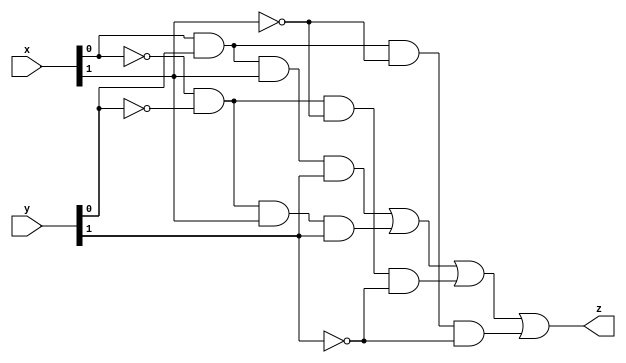
`timescale 1ns / 1ps

module equalitychecker_2bit(x,y,z);
    input [1:0] x,y;
    output z;
    
    assign z = (x[0]&y[0]&x[1]&y[1])     |
               (~x[0]&~y[0]&x[1]&y[1])   |
               (~x[0]&~y[0]&~x[1]&~y[1]) |
               (x[0]&y[0]&~x[1]&~y[1]) ;
endmodule